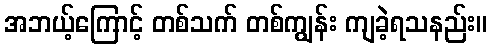
အဘယ့်ကြောင့် တစ်သက် တစ်ကျွန်း ကျခဲ့ရသနည်း။